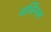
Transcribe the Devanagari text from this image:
मर्लिनस